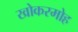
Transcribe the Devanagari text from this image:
खोकरमोह